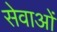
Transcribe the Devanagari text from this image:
सेवाओंं